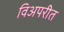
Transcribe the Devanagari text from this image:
विअपरीत